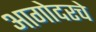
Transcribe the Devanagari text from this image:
आगोदरचे